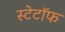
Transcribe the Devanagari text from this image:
स्टेटॉफ